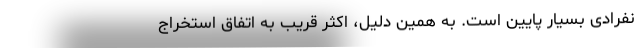
نفرادی بسیار پایین است. به همین دلیل، اکثر قریب به اتفاق استخراج